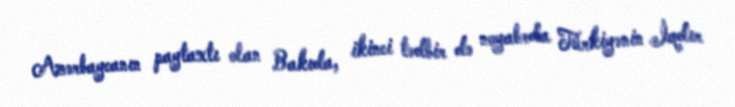
Azərbaycanın paytaxtı olan Bakıda, ikinci tədbir də noyabrda Türkiyənin İqdır